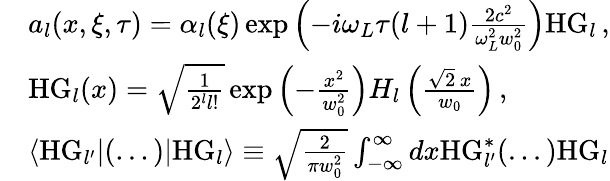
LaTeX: \begin{array}{rl}&{a_{l}(x,\xi,\tau)=\alpha_{l}(\xi)\exp\left(-i\omega_{L}\tau(l+1)\frac{2c^{2}}{\omega_{L}^{2}w_{0}^{2}}\right)\mathrm{HG}_{l}\, ,}\\ &{\mathrm{HG}_{l}(x)=\sqrt{\frac{1}{2^{l}l!}}\exp\left(-\frac{x^{2}}{w_{0}^{2}}\right)H_{l}\left(\frac{\sqrt{2}\, x}{w_{0}}\right)\, ,}\\ &{\langle\mathrm{HG}_{l^{\prime}}|(...)|\mathrm{HG}_{l}\rangle\equiv\sqrt{\frac{2}{\pi w_{0}^{2}}}\int_{-\infty}^{\infty}dx\mathrm{HG}_{l^{\prime}}^{*}(...)\mathrm{HG}_{l}}\end{array}